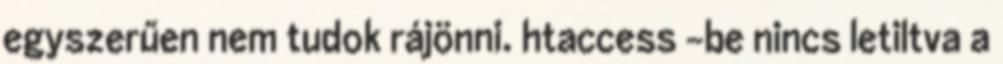
egyszerűen nem tudok rájönni. htaccess -be nincs letiltva a